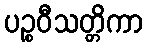
ပဉ္စဝီသတ္တိကာ